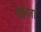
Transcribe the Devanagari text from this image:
रेकंजा